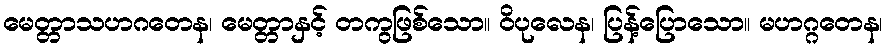
မေတ္တာသဟဂတေန၊ မေတ္တာနှင့် တကွဖြစ်သော။ ဝိပုလေန၊ ပြန့်ပြောသော။ မဟဂ္ဂတေန၊